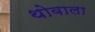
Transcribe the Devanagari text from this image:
थोवाला